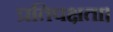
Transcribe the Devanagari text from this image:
प्रतिपक्षता।